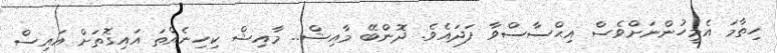
ހިތާމަ އެމީހުންނަށްވެސް އިޙްސާސްވާ ފަދައެވެ. ދޮންބޭ މާއިޝް.. މާއިޝް ކިހިނެއްތަ އައިގޮތަށް އައިސް